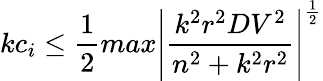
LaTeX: kc_{i}\leq\frac{1}{2}max\left|\frac{k^{2}r^{2}DV^{2}}{n^{2}+k^{2}r^{2}}\right|^{\frac{1}{2}}